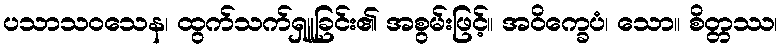
ပသာသဝသေန၊ ထွက်သက်ရှူခြင်း၏ အစွမ်းဖြင့်။ အဝိက္ခေပံ၊ သော။ စိတ္တဿ၊